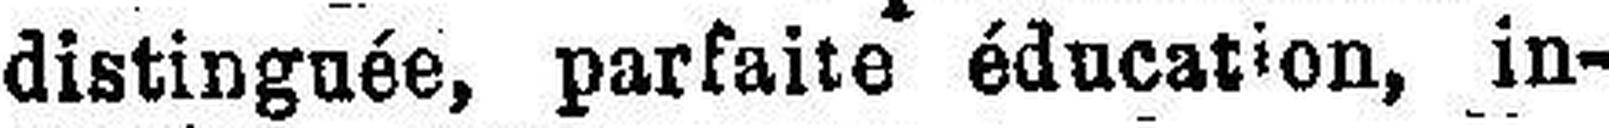
distinguée, parfaite éducation, in¬